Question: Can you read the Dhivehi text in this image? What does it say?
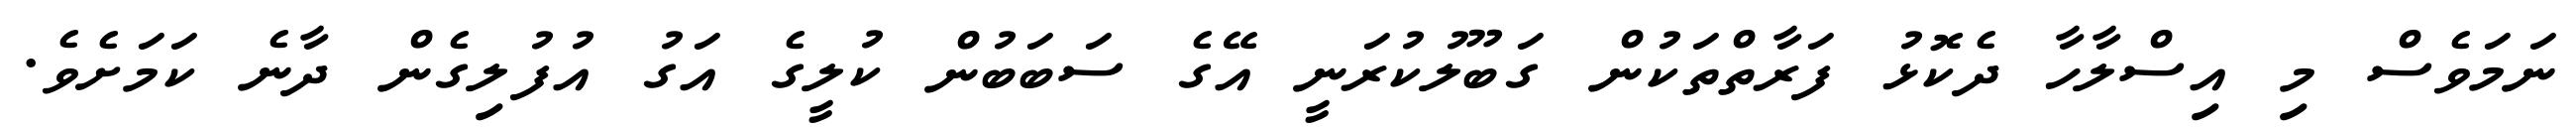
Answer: ނަމަވެސް މި އިސްލާހާ ދެކޮޅު ފަރާތްތަކުން ގަބޫލުކުރަނީ އޭގެ ސަބަބުން ކުލީގެ އަގު އުފުލިގެން ދާނެ ކަމަށެވެ.